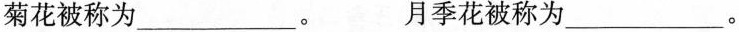
菊花被称为___。 月季花被称为___。